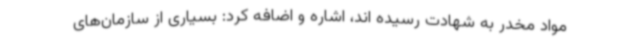
مواد مخدر به شهادت رسیده اند، اشاره و اضافه کرد: بسیاری از سازمان‌های